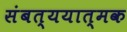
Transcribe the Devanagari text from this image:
संबत्ययात्मक